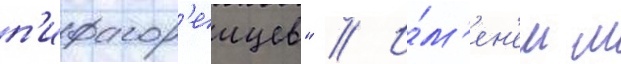
п'ифагор'еицев" // И́м'ен'ем м